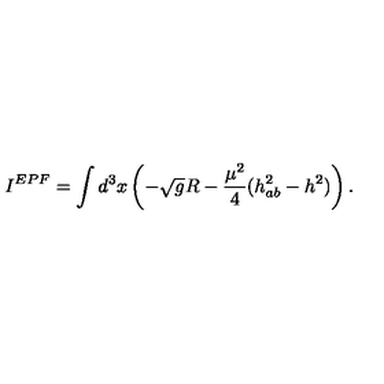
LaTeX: I ^ { E P F } = \int d ^ { 3 } x \left( - \sqrt { g } R - \frac { \mu ^ { 2 } } { 4 } ( h _ { a b } ^ { 2 } - h ^ { 2 } ) \right) .